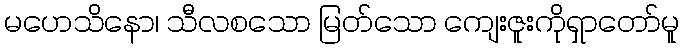
မဟေသိနော၊ သီလစသော မြတ်သော ကျေးဇူးကိုရှာတော်မူ